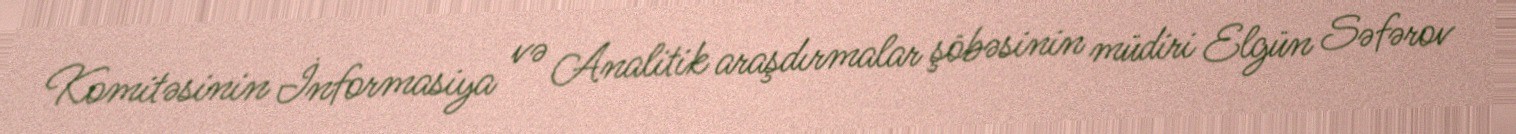
Komitəsinin İnformasiya və Analitik araşdırmalar şöbəsinin müdiri Elgün Səfərov